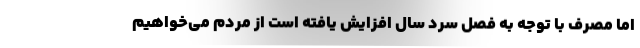
اما مصرف با توجه به فصل سرد سال افزایش یافته است از مردم می‌خواهیم